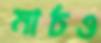
মার্চও